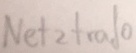
Text: Netztrafo